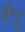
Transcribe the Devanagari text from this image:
ई॰पू